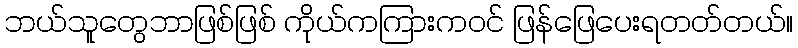
ဘယ်သူတွေဘာဖြစ်ဖြစ် ကိုယ်ကကြားကဝင် ဖြန်ဖြေပေးရတတ်တယ်။